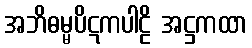
အဘိဓမ္မပိဋကပါဠိ အဋ္ဌကထာ